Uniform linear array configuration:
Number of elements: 16
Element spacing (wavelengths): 0.25
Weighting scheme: cosine
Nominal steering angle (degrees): -15
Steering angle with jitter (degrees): -16.287
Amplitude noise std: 0.05
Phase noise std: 0.05

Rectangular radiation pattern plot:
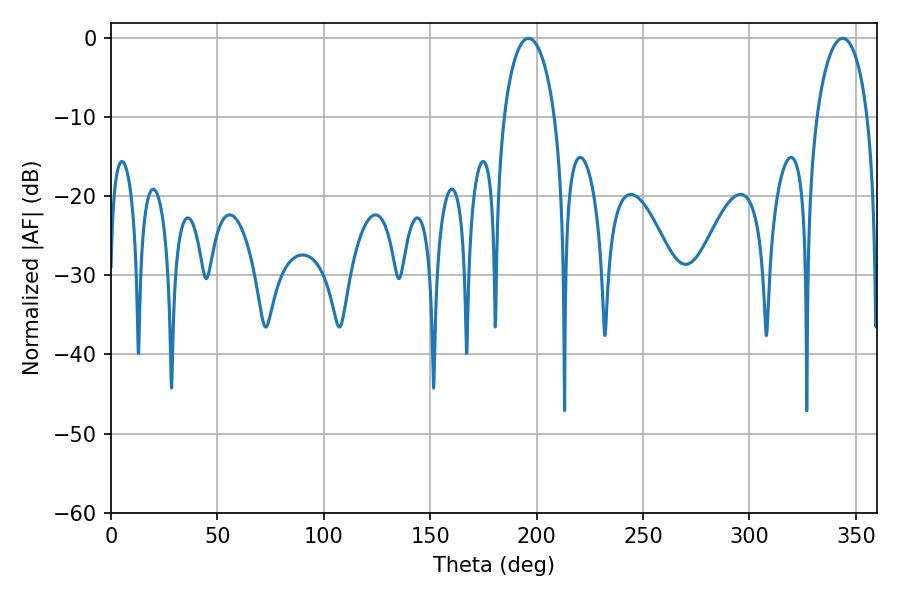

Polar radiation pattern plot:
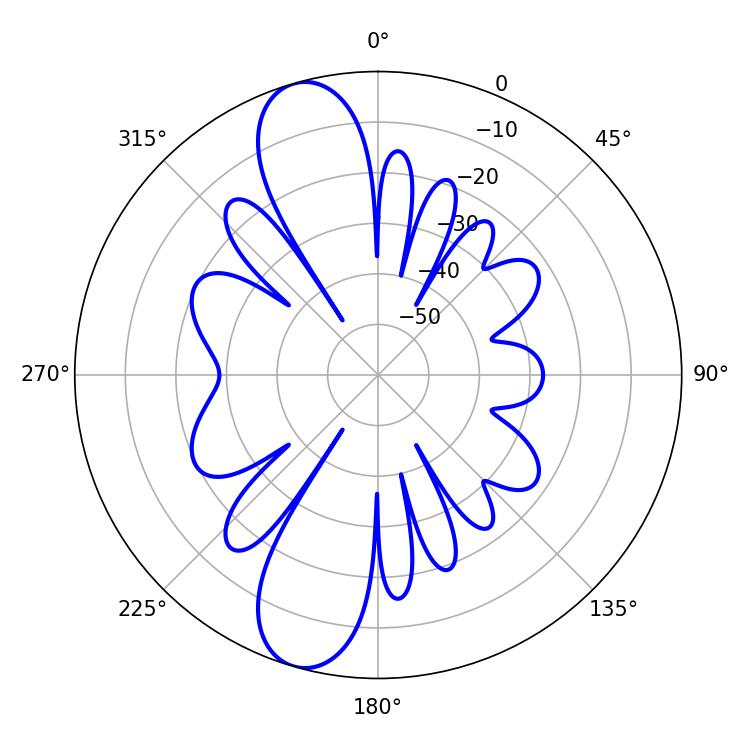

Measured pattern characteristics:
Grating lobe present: FALSE
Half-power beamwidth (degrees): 13.68
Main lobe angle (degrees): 343.8